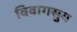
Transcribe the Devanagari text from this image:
विवागसुय